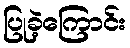
ပြုခဲ့ကြောင်း